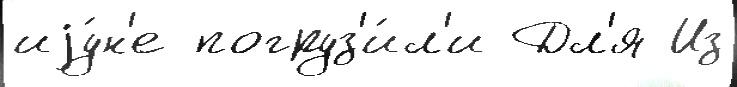
иjу́н'е погруз'и́л'и Дл'я Из